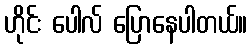
ဟိုင်း ပေါလ် ပြောနေပါတယ်။